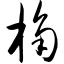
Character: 桷